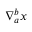
\nabla _ { a } ^ { b } \boldsymbol { x }